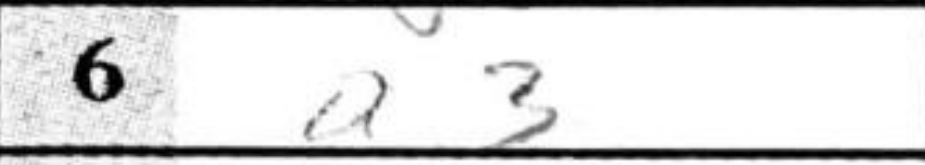
Transcription: a3